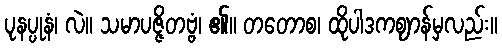
ပုနပ္ပုနံ၊ လဲ။ သမာပဇ္ဇိတဗ္ဗံ၊ ၏။ တတောစ၊ ထိုပါဒကဈာန်မှလည်း။